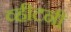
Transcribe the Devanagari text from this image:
व्हीटनी